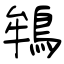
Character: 鴾